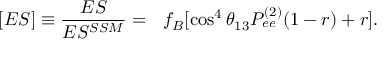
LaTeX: [ E S ] \equiv \frac { E S } { E S ^ { S S M } } = ~ ~ f _ { B } [ \cos ^ { 4 } \theta _ { 1 3 } P _ { e e } ^ { ( 2 ) } ( 1 - r ) + r ] .